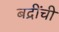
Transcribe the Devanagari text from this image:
बद्रींची